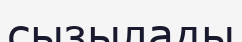
сызылады